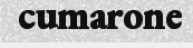
cumarone